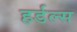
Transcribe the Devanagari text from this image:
हर्डल्स